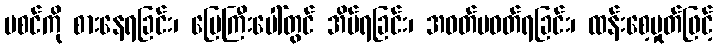
မစင်ကို စားနေရခြင်း၊ မြေကြီးပေါ်တွင် အိပ်ရခြင်း၊ အဝတ်မဝတ်ရခြင်း၊ ထန်းစေ့မှုတ်ဖြင့်